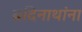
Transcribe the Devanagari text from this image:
ब्रदिनाथांना